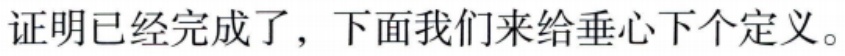
证明已经完成了，下面我们来给垂心下个定义。